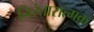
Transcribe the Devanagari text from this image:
निरंतारात्मक